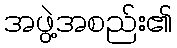
အဖွဲ့အစည်း၏